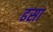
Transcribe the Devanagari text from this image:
ढसा